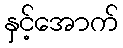
နှင့်အောက်